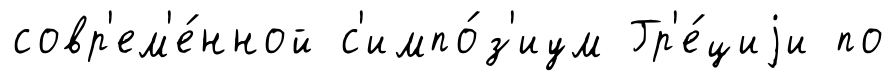
совр'ем'е́нной с'импо́з'иум Гр'е́циjи по